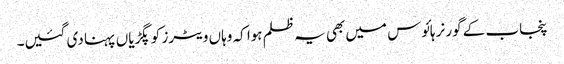
پنجاب کے گورنر ہائوس میں بھی یہ ظلم ہوا کہ وہاں ویٹرز کو پگڑیاں پہنا دی گئیں۔